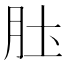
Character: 𫆖